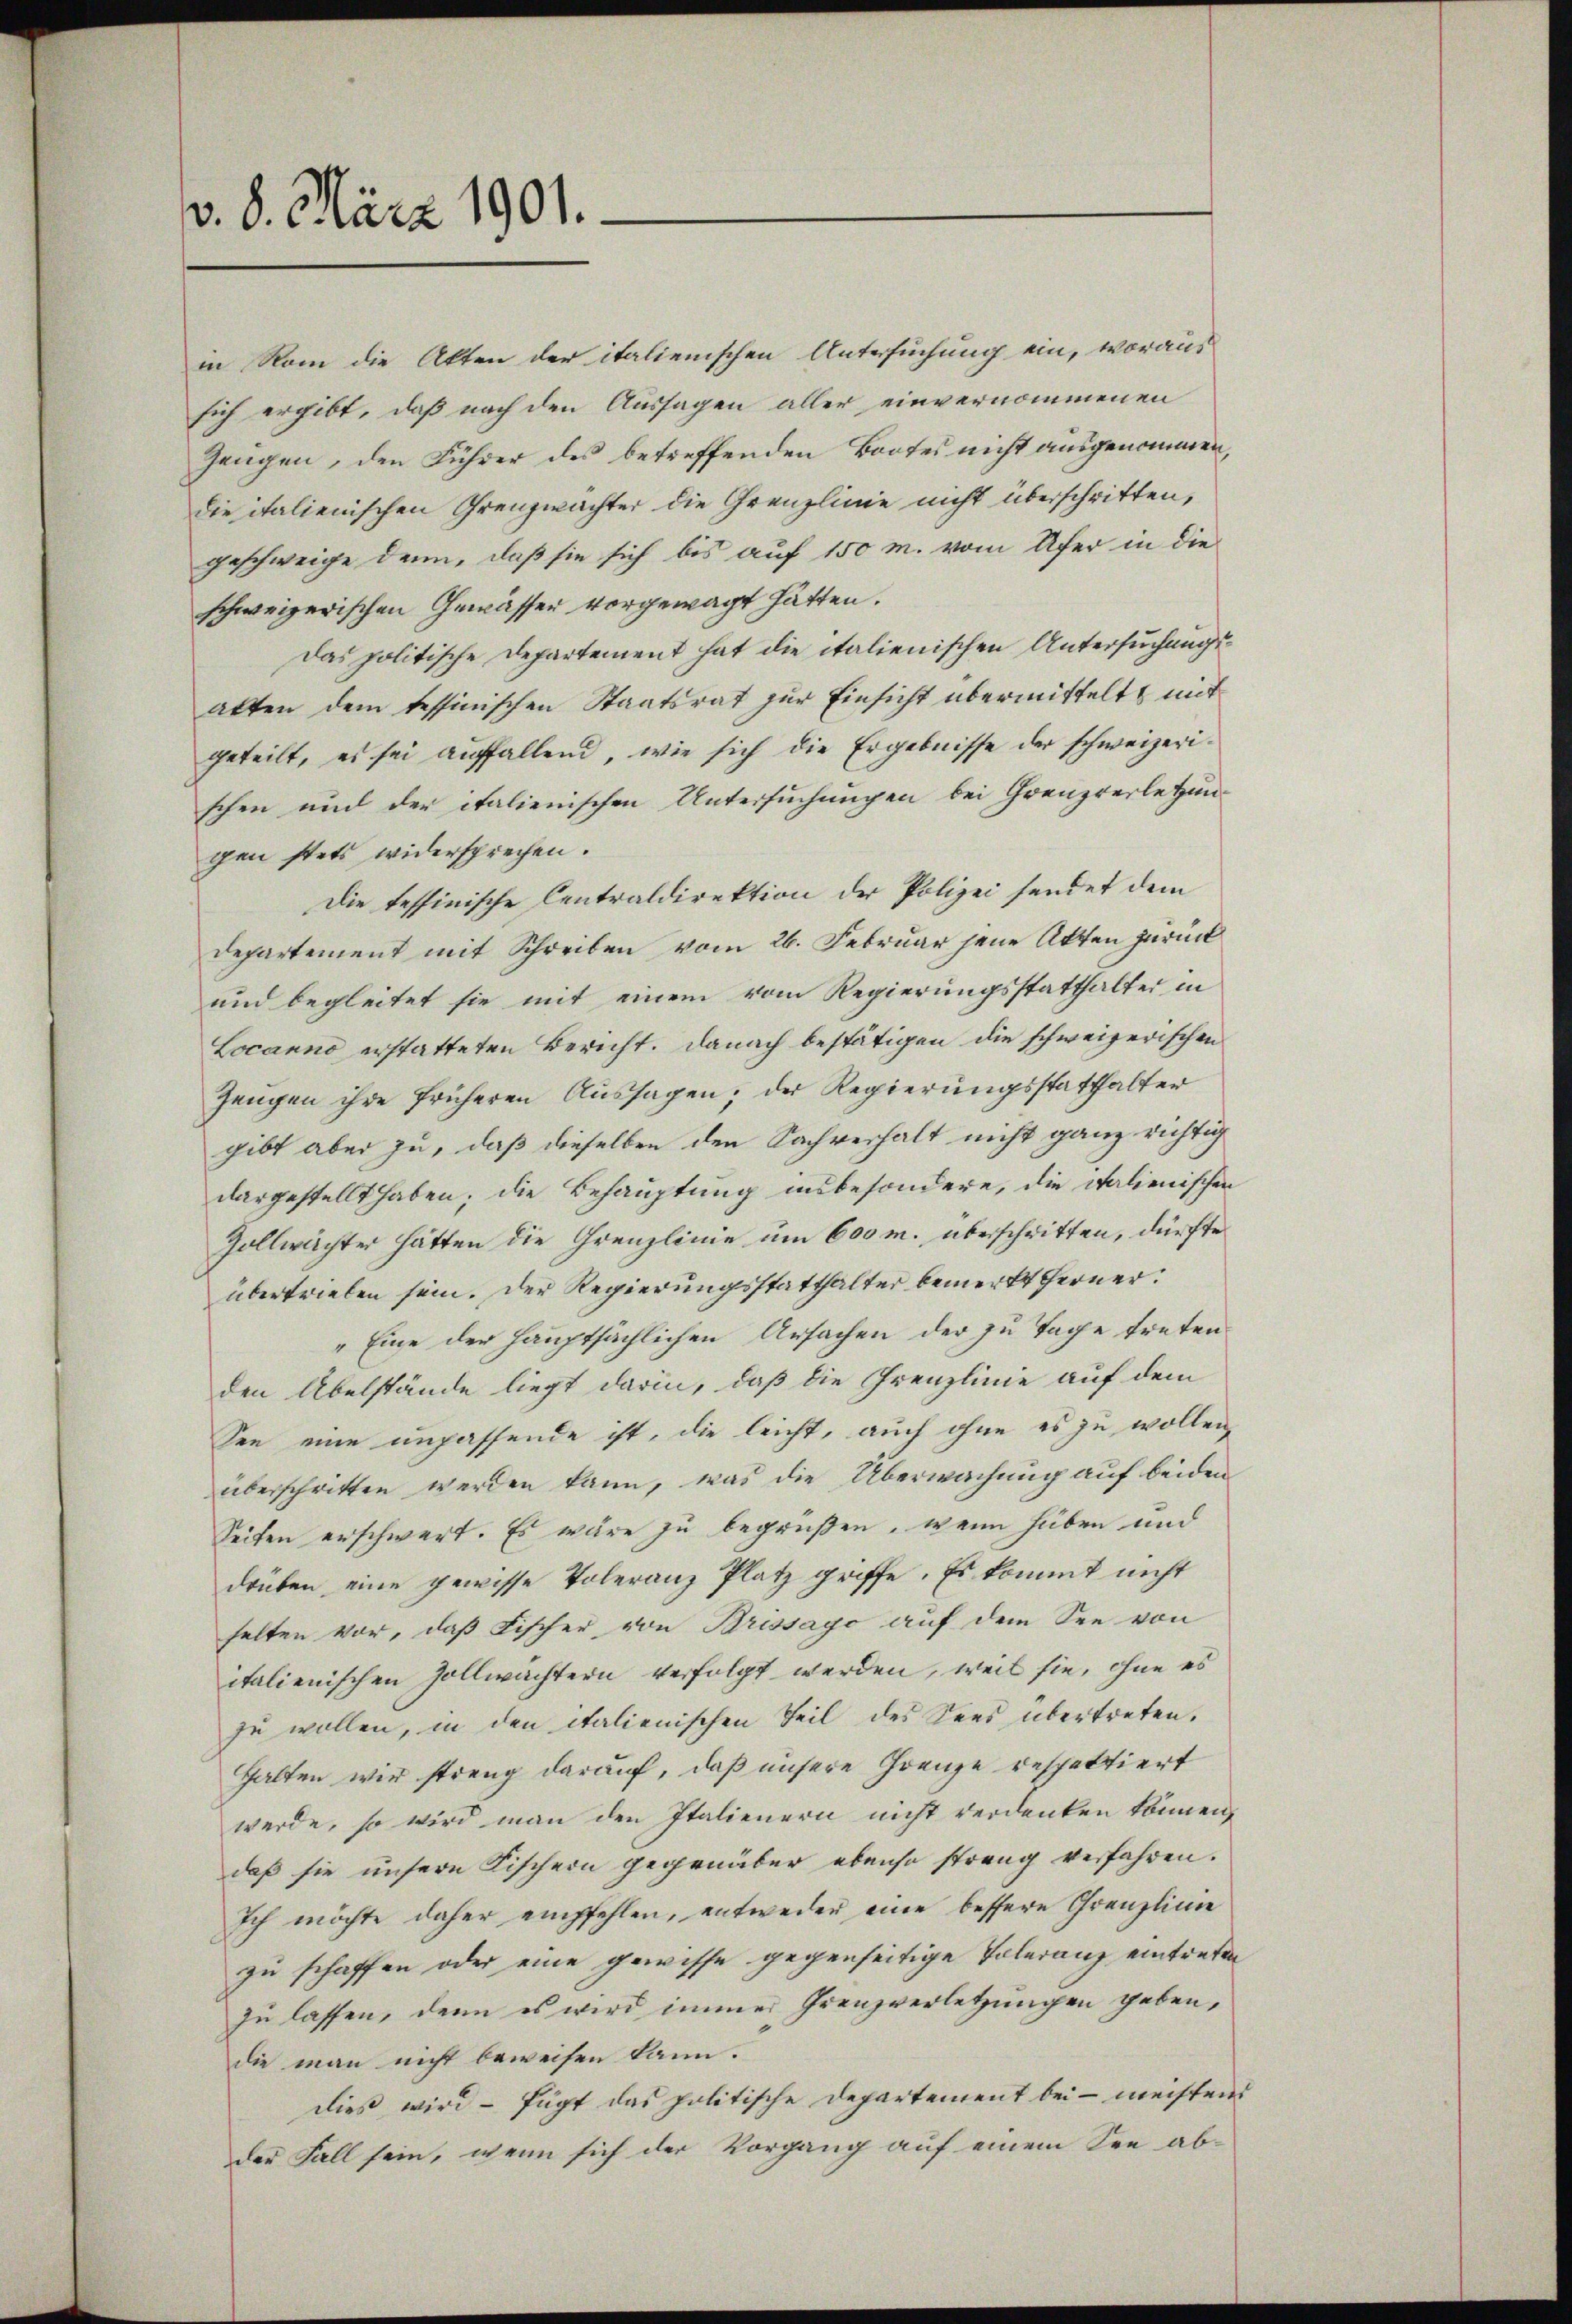
v. 8. März 1901.

in Rom die Akten der italienischen Untersuchung ein, woraus
sich ergibt, daß nach den Aussagen aller einvernommenen
Zeugen, den Führer des betreffenden Bootes nicht ausgenommen,
die italienischen Grenzwachter die Grenzlinie nicht überschritten,
geschweige denn, daß sie sich bis auf 150 m. vom Ufer in die
schweizerischen Gewässer vorgewagt hätten.
Das politische Departement hat die italienischen Untersuchungsalten dem tessinischen Staatsrat zur Einsicht übermittelt mit
geteilt, es sei auffallend, wie sich die Ergebnisse der schweizerischen aud der italienischen Untersuchungen bei Grenzverletzun-
gen stets widersprechen.
Die tessinische Centraldirektion der Polizei sendet dem
departement mit Schreiben vom 26. Februar jene Akten zurück
und begleitet sie mit einem vom Regierungsstatthalter in
Locarno erstatteten Bericht. Danach bestätigen die schweizerischen
Zeugen ihre früheren Aussagen; der Regierungsstatthalter
gibt aber zu, daß dieselben den Sachverhalt nicht ganz richtig
dargestellt haben; die Behauptung insbesondere, die italienischen
Zollwächter hätten die Grenzlinie um 600 m. überschritten, dürfte
übertrieben sein. Der Regierungsstatthalter bemerkt ferner.
„Eine der hauptsächlichen Ursachen der zu Tage treten.
den Übelstände liegt darin, daß die Grenzlinie auf dem
See eine unpassende ist, die leicht, auch ohne es zu wollen,
überschritten werden kann, was die Überwachung auf beiden
Seiten erschwert. Es wäre zu begrüßen, wenn haben und
drüken eine gewisse Poleranz Platz griffe. Es kommt nicht
selten vor, daß Fischer von Brissago auf dem See von
italienischen Zollwächtern verfolgt werden, weil sie, ohne es
zu wollen, in den italienischen Teil des Sees übertreten.
Halten wir streng darauf, daß unsere Grenze respektiert
werde, so wird man den Italienern nicht verdenken können,
daß sie unsere Fischern gegenüber ebenso streng verfahren.
Ich möchte daher empfehlen, entweder eine bessere Grenzlinie
zu schaffen oder eine gewisse gegenseitige Toleranz eintreten
zu lassen, denn es wird immer Grenzverletzungen geben,
die man nicht beweisen kann.
dieß wird - fügt das politische Departement bei - meistens
der Fall sein, wenn sich der Vorgang auf einem See ab¬